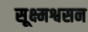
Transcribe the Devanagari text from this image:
सूक्ष्मश्वसन